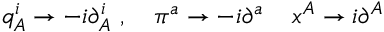
q _ { A } ^ { i } \rightarrow - i \partial _ { A } ^ { i } \ , \quad \pi ^ { a } \rightarrow - i \partial ^ { a } \, \quad x ^ { A } \rightarrow i \partial ^ { A }